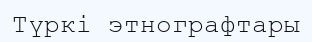
Түркі этнографтары